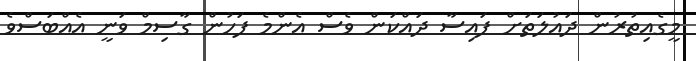
މީގެއިތުރުން ދައުލަތަށް ފައިސާ ދައްކަން ވެސް އެންމެ ފަހުން ގާސިމް ވަނީ އެއްބަސްވެ